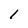
Character: l